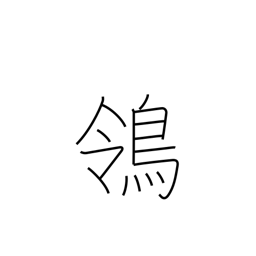
Meaning: wagtail